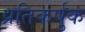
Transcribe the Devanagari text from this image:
प्रतिकर्षुक